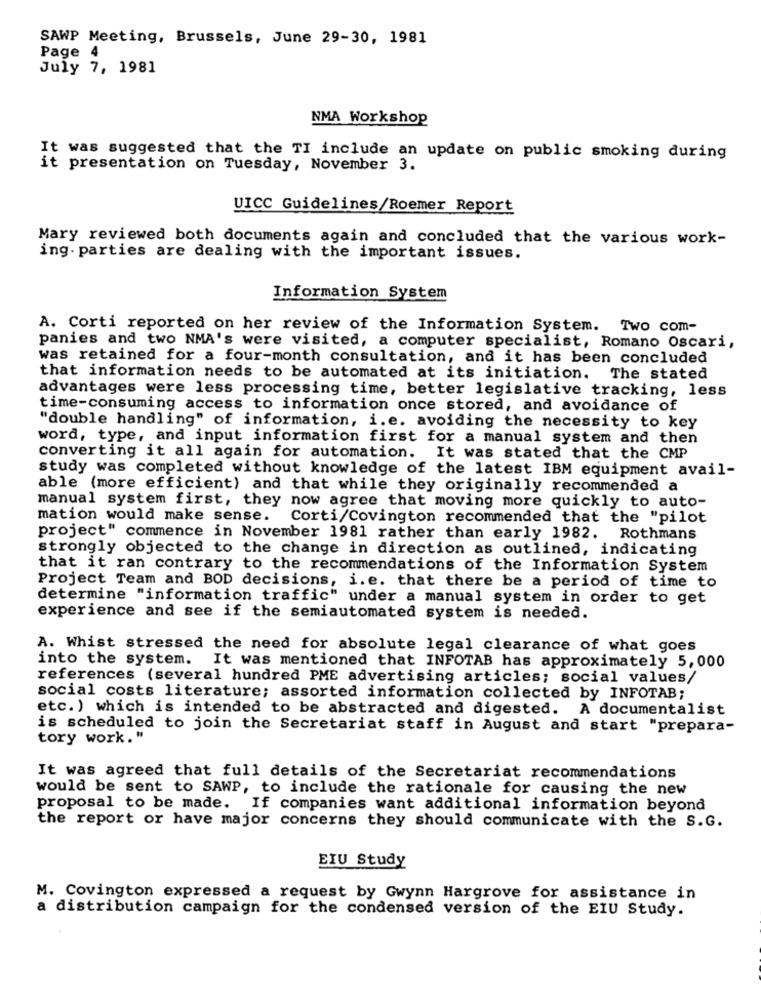
SAWP Meeting, Brussels, June 29-30, 1981
Page 4
July 7, 1981
NMA Workshop
It was suggested that the TI include an update on public smoking during
it presentation on Tuesday, November 3.
UICC Guidelines/Roemer Report
Mary reviewed both documents again and concluded that the various work-
ing. parties are dealing with the important issues.
Information System
A. Corti reported on her review of the Information System. Two com-
panies and two NMA's were visited, a computer specialist, Romano Oscari,
was retained for a four-month consultation, and it has been concluded
that information needs to be automated at its initiation. The stated
advantages were less processing time, better legislative tracking, less
time-consuming access to information once stored, and avoidance of
"double handling" of information, i.e. avoiding the necessity to key
word, type, and input information first for a manual system and then
converting it all again for automation. It was stated that the CMP
study was completed without knowledge of the latest IBM equipment avail-
able (more efficient) and that while they originally recommended a
manual system first, they now agree that moving more quickly to auto-
mation would make sense. Corti/Covington recommended that the "pilot
project" commence in November 1981 rather than early 1982. Rothmans
strongly objected to the change in direction as outlined, indicating
that it ran contrary to the recommendations of the Information System
Project Team and BOD decisions, i. e. that there be a period of time to
determine "information traffic" under a manual system in order to get
experience and see if the semiautomated system is needed.
A. Whist stressed the need for absolute legal clearance of what goes
into the system. It was mentioned that INFOTAB has approximately 5,000
references (several hundred PME advertising articles; social values/
social costs literature; assorted information collected by INFOTAB;
etc.) which is intended to be abstracted and digested. A documentalist
is scheduled to join the Secretariat staff in August and start "prepara-
tory work."
It was agreed that full details of the Secretariat recommendations
would be sent to SAWP, to include the rationale for causing the new
proposal to be made. If companies want additional information beyond
the report or have major concerns they should communicate with the S.G.
EIU Study
M. Covington expressed a request by Gwynn Hargrove for assistance in
a distribution campaign for the condensed version of the EIU Study.